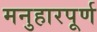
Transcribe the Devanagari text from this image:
मनुहारपूर्ण